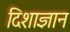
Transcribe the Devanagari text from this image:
दिशाज्ञान